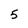
Character: 5